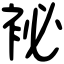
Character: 袐